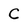
Character: C